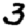
Digit: 3